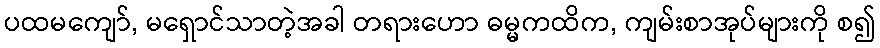
ပထမကျော်, မရှောင်သာတဲ့အခါ တရားဟော ဓမ္မကထိက, ကျမ်းစာအုပ်များကို စ၍